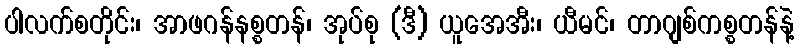
ပါလက်စတိုင်း၊ အာဖဂန်နစ္စတန်၊ အုပ်စု (ဒီ) ယူအေအီး၊ ယီမင်၊ တာဂျစ်ကစ္စတန်နဲ့